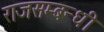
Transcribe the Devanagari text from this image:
राजसम्बन्धी